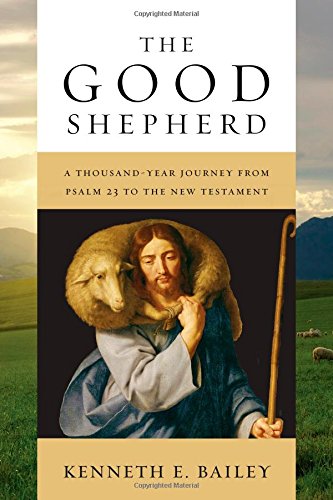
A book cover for The Good Shepherd: A Thousand-Year Journey from Psalm 23 to the New Testament; Kenneth E. Bailey; Christian Books & Bibles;